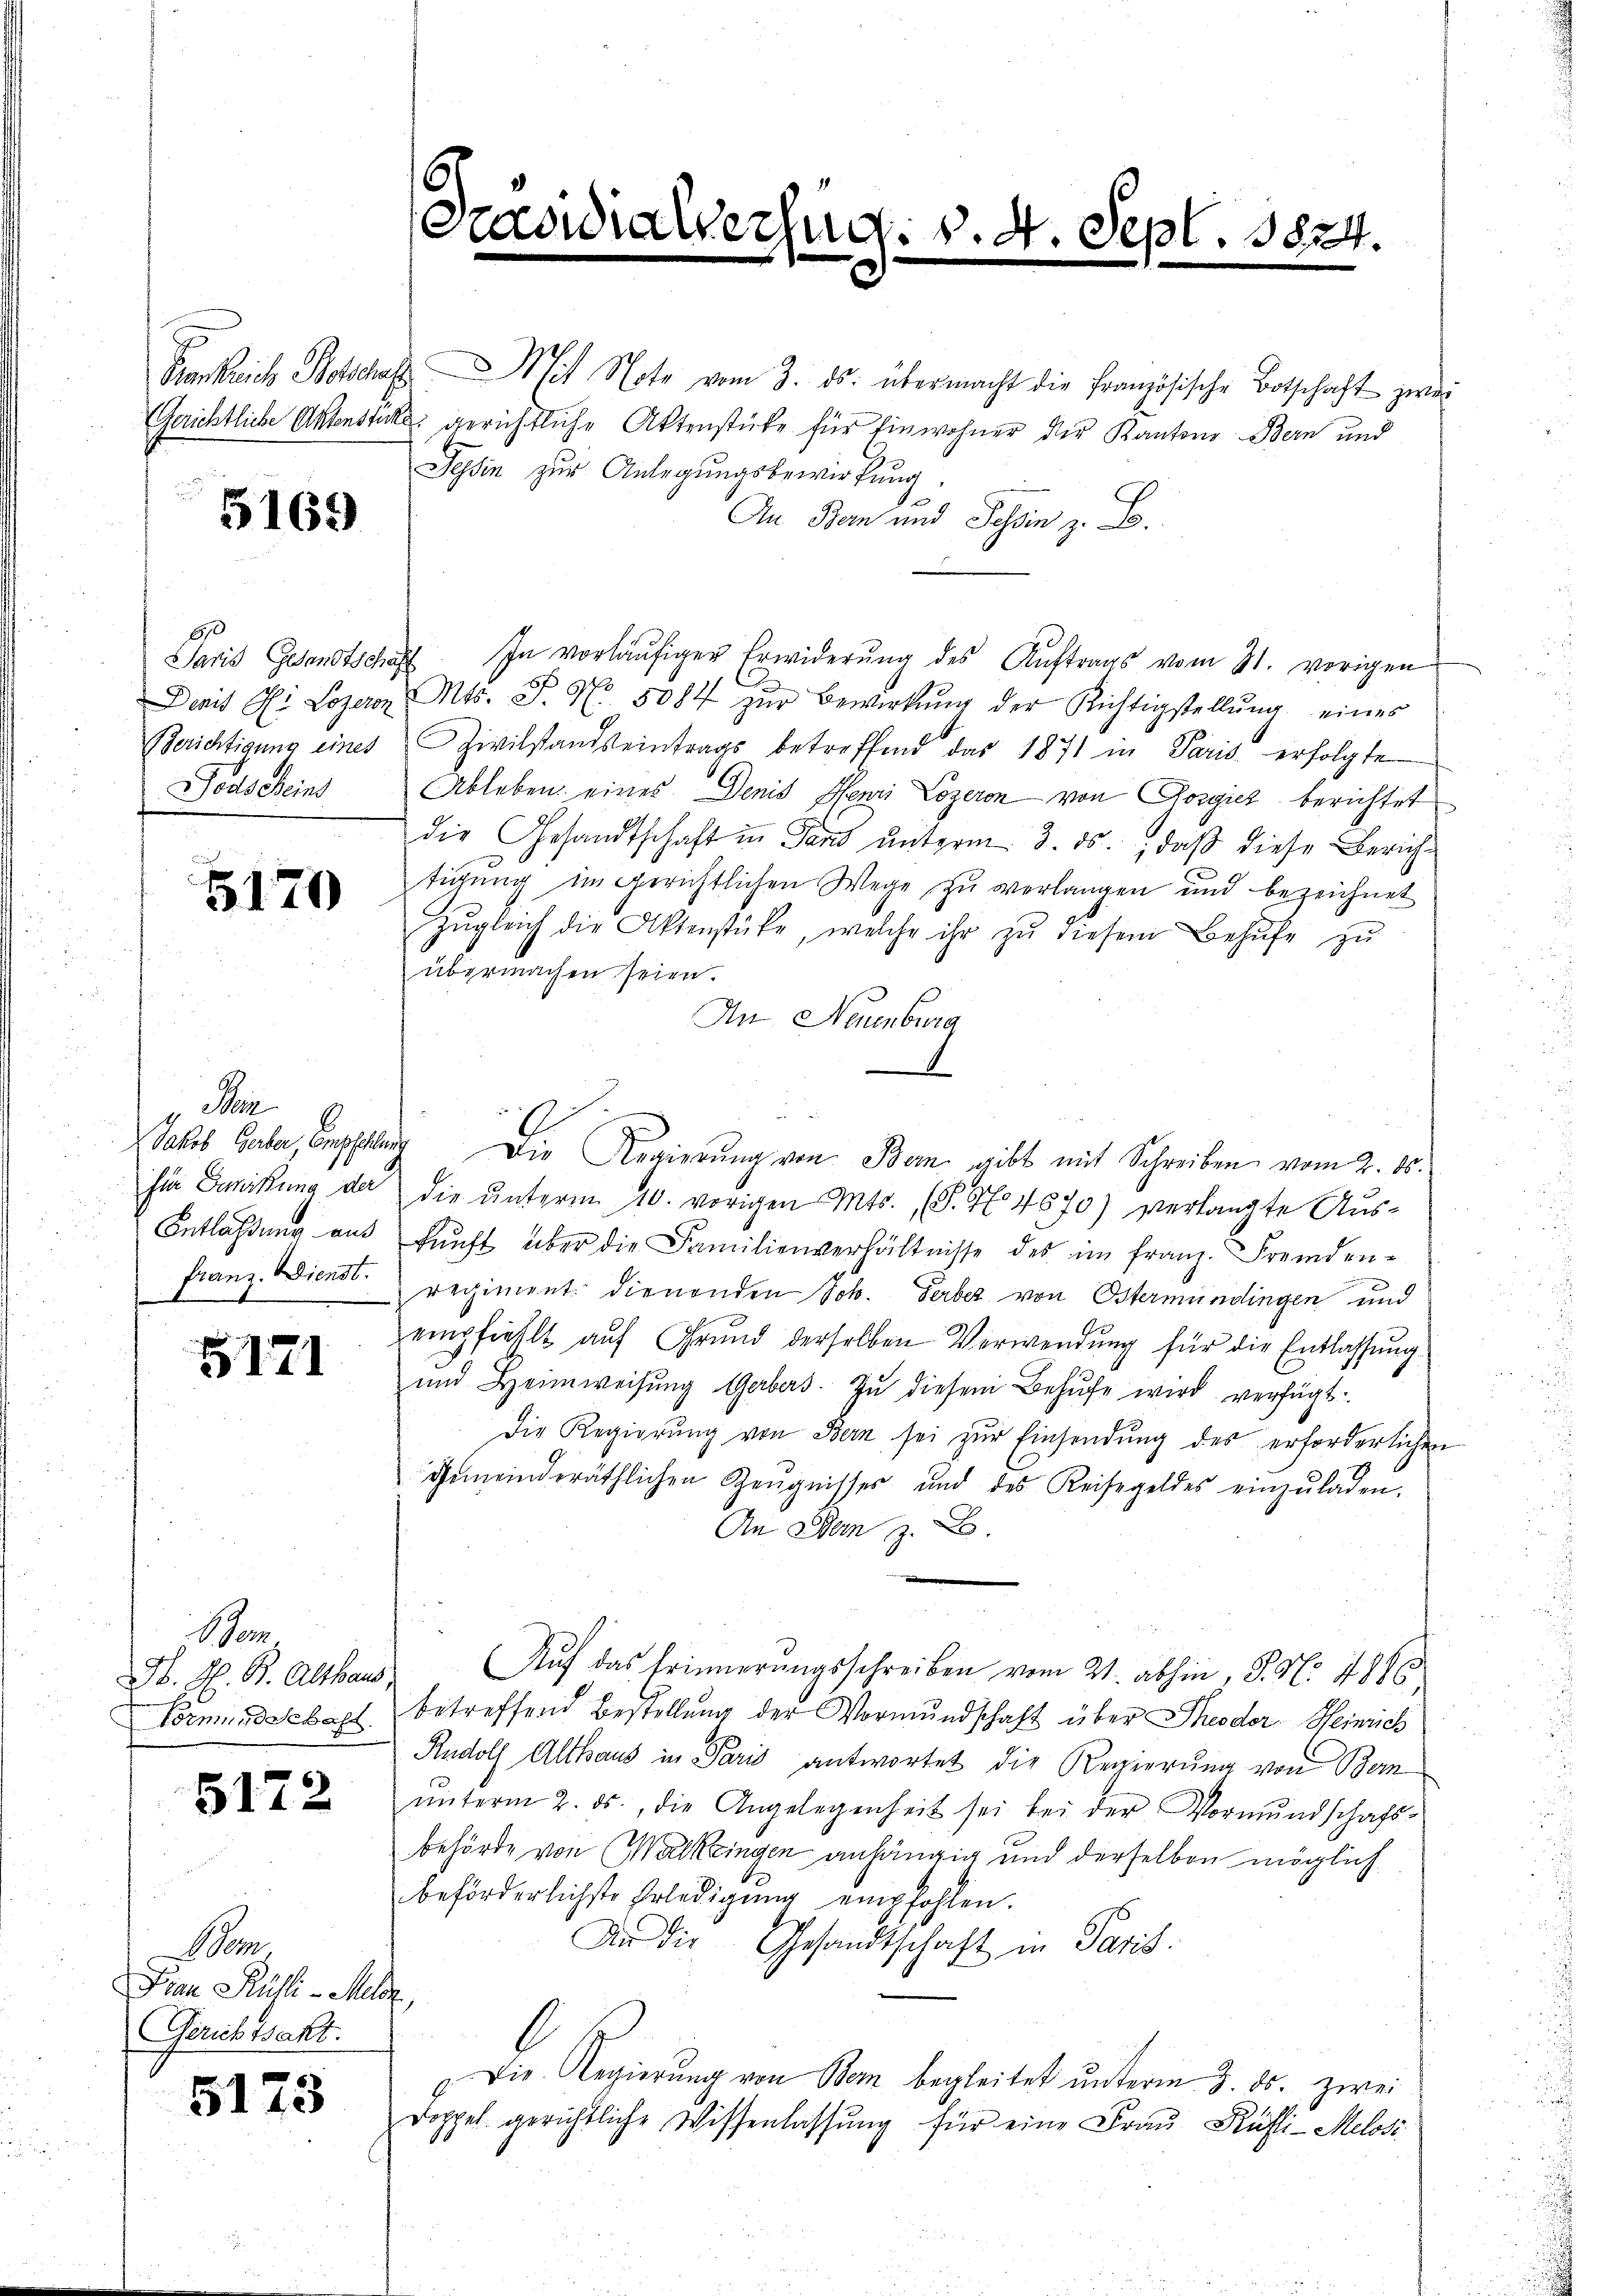
5169

Berichtigung eines
Jods Weins

5170

Pr
Entlaßung aus

5171

Ben
Gb. H. B. Altband
Formundschaft.

5172

Som.
Fian Rüsli - Melz,
Gerichtsakt.

5173

6
radu

esug. v. 4. d
e
e

Krankreich Botschas Mit Note vom 3. ds. übermacht die Französische Botschaft zwei
Gerichtliche Aktenstücke gerichtliche Aktenstüke für Einwohner der Kantons Bern und
Tessin zur Anlegungsbewirkung
An Bern und Tessin z. B.
Paris Gesandtschaft. In vorläŭfiger Erwiderŭng des Aŭftrags vom 31. vorigen
Damit Dr Logeron Mts. S. Nr. 5084 zŭr Bewirkŭng der Richtigstellŭng eines
Zivilstands eintrags betreffend das 1871 in Paris erfolgte
Ableben eines Denis Henri Lozeron von Gorgicz berichtet
die Gesandtschaft in Pand unterm 3. ds., daß diese Zürichtigung im gerichtlichen Wege zu verlangen und bezeichnet
Zŭgleich die Aktenstücke, welche ihr zŭ diesem Behufe zu
übermachen seien.
An Neuenburg
Jakob Guber, Empfehlung Die Regierung von Bern gibt mit Schreiben vom 2. ds.
sie Genickung der die ŭnterm 10. vorigen Mts. (T. No 4870) verlangte Aŭs-
kŭnft über die Familienverhältnisse des im franz. Fremden-
Franz Wienregiment dienenden Joh. Gerber von Östermündingen und
empfiehlt aŭf Grund derselben Verwendung für die Entlassung
und Heimweisŭng Gerbers. Zŭ diesem Behufe wird verfügt:
Die Regierŭng von Bern sei zŭr Einsendŭng des erforderlichen
gemeinderäthlichen Zeŭgnisses und des Reisegeldes einzŭladen.
An Dem z
Auf das Erinnerungsschreiben vom 21. abhin, S. Nr. 4886
betreffend Bestellung der Vormundschaft über Theodor Heinrich
Rudolf Althaus in Paris antwortet die Regierung von Bem
ŭnterm 2. ds., die Angelegenheit sei bei der Vormŭndschaft-
behörde von Walkringen anhängig und derselben möglich
beförderlichste Erledigung empfohlen.
Dr die Gesandtschaft in Paris.
Die Regierung von Bern begleitet unterm 3. ds. zwei
Doppel gerichtliche Wissenlassŭng für eine Frau Rüsti-Melosi

epl. 1824.